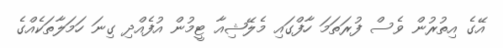
އޭގެ އިތުރުން ވެސް ފުރަތަމަ ހާފްގައި މެލޭޝިއާ ޓީމުން އުފެއްދި ގިނަ ހަމަލާތަކެއްގެ